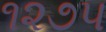
૧૨૭૫